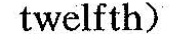
twelfth)